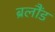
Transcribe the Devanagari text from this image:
ब्रलौंड